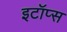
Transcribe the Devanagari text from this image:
इटॉप्स